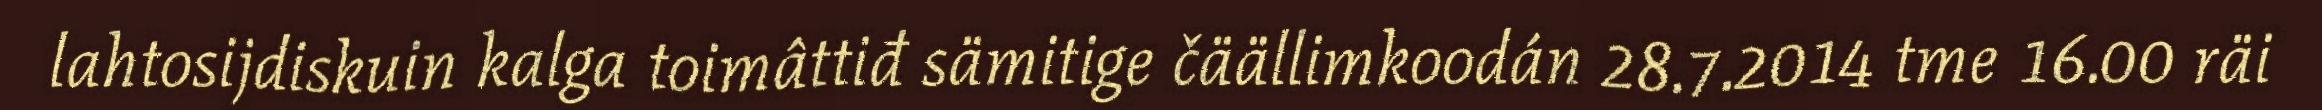
lahtosijdiskuin kalga toimâttiđ sämitige čäällimkoodán 28.7.2014 tme 16.00 räi